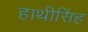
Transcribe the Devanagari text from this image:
हाथीसिंह